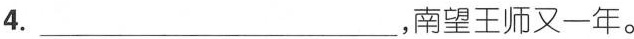
4.___，南望王师又一年。